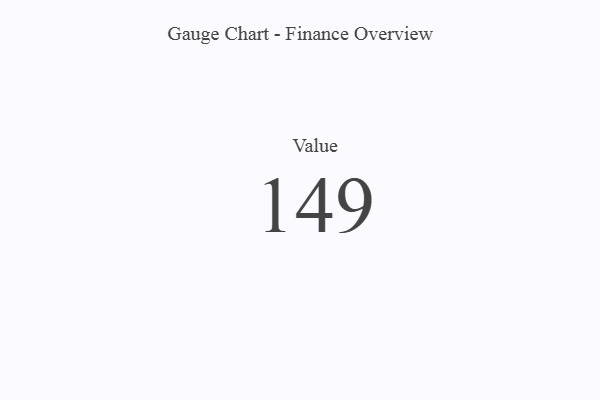
{"axis": {"x": "Metric", "y": "Value"}, "legend": [""], "data": [{"x": "Value", "y": 149, "type": ""}]}